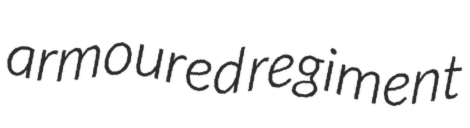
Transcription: armoured regiment